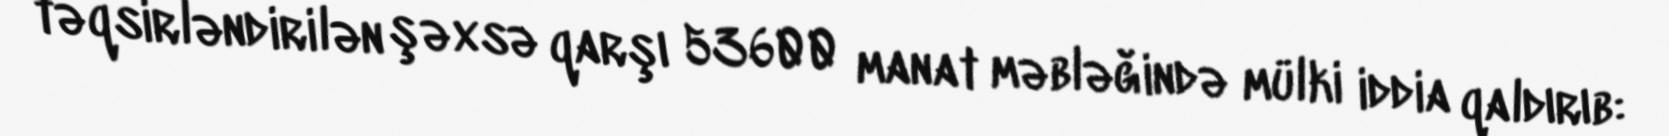
təqsirləndirilən şəxsə qarşı 53600 manat məbləğində mülki iddia qaldırıb: